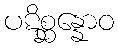
ပဋိစ္ဆန္နောဝ